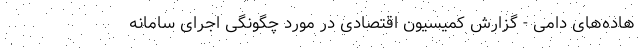
هاده‌های دامی - گزارش کمیسیون اقتصادی در مورد چگونگی اجرای سامانه